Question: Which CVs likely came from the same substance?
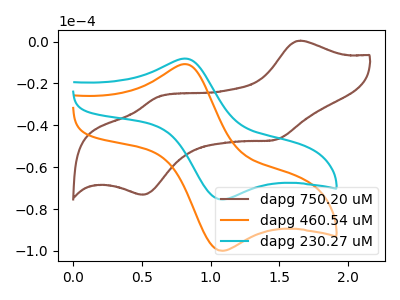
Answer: <think>The brown curve "dapg 750.20 uM" has anodic peaks at (1.65V, 0.45uA) (0.60V, -26.45uA) and cathodic peaks at (1.45V, -47.00uA) (0.50V, -73.15uA). The orange curve "dapg 460.54 uM" has an anodic peak at (0.80V, -10.85uA) and a cathodic peak at (1.10V, -99.95uA). The cyan curve "dapg 230.27 uM" has an anodic peak at (0.80V, -8.15uA) and a cathodic peak at (1.10V, -75.45uA).
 "dapg 750.20 uM" and "dapg 460.54 uM" have a different number of peaks. "dapg 750.20 uM" and "dapg 230.27 uM" have a different number of peaks. All the peaks in "dapg 460.54 uM" have a peak in "dapg 230.27 uM" at the same potential.</think>
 <answer>"dapg 230.27 uM" and "dapg 460.54 uM" have the same shape and are likely CV's of the same chemical.</answer>
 <eval>"dapg 230.27 uM" "dapg 460.54 uM"</eval>